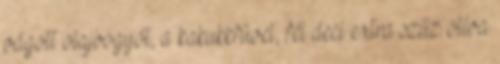
vágott olajbogyót, a kakukkfüvet, fél deci extra szűz olíva